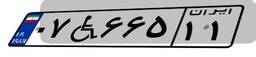
۷۵W۰۹۰۹۷